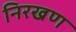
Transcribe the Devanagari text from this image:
निरखण